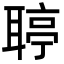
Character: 聤